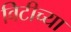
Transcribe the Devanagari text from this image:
विटीच्या